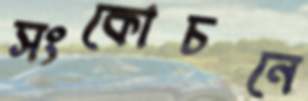
সংকোচনে